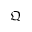
\mathfrak { Q }